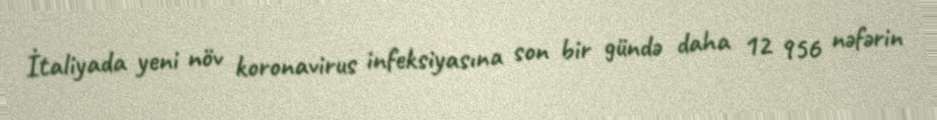
İtaliyada yeni növ koronavirus infeksiyasına son bir gündə daha 12 956 nəfərin